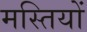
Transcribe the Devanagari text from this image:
मस्तियों